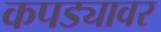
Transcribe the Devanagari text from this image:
कपड्यावर